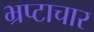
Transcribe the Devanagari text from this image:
भ्रप्टाचार